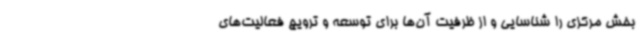
بخش مرکزی را شناسایی و از ظرفیت آن‌ها برای توسعه و ترویج فعالیت‌های